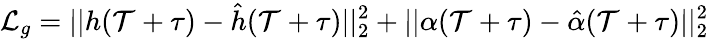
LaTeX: \mathcal{L}_{g}=||h(\mathcal{T}+\tau)-\hat{h}(\mathcal{T}+\tau)||_{2}^{2}+||\alpha(\mathcal{T}+\tau)-\hat{\alpha}(\mathcal{T}+\tau)||_{2}^{2}